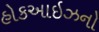
હોકઆઇઝનો